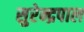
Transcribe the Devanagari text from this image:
सुरेन्द्रपाल